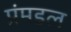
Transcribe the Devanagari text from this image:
प्रंमडल